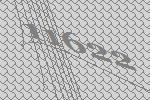
11622